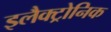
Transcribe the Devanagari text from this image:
इलैक्ट्रोनिक